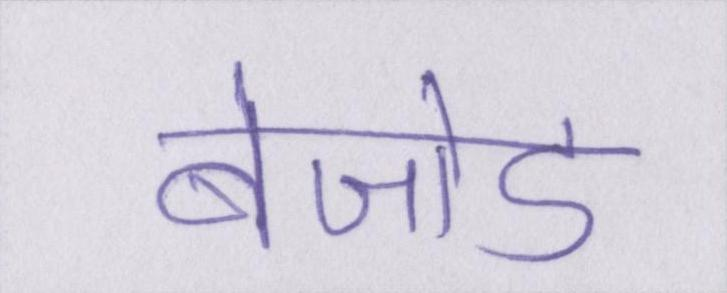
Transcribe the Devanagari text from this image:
बेजोड